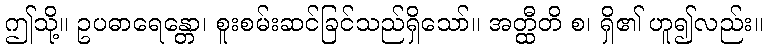
ဤသို့။ ဥပဓာရေန္တော၊ စူးစမ်းဆင်ခြင်သည်ရှိသော်။ အတ္ထီတိ စ၊ ရှိ၏ ဟူ၍လည်း။